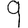
Digit: 9